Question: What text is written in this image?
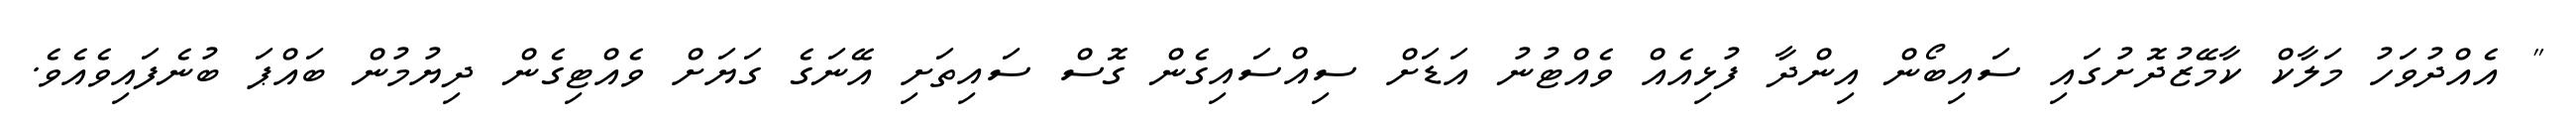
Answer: " އެއްދުވަހު މަލާކް ކާމޭޒުދޮށުގައި ސައިބޯން އިންދާ ފުޅިއެއް ވެއްޓުނު އަޑަށް ސިއްސައިގެން ގޮސް ސައިތަށި އޭނަގެ ގަޔަށް ވެއްޓިގެން ދިޔުމުން ބައްޕަ ބުނެފައިވެއެވެ.